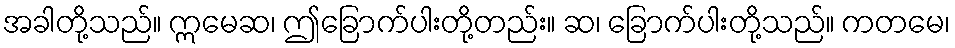
အခါတို့သည်။ ဣမေဆ၊ ဤခြောက်ပါးတို့တည်း။ ဆ၊ ခြောက်ပါးတို့သည်။ ကတမေ၊